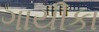
ગાયીકા